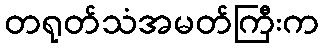
တရုတ်သံအမတ်ကြီးက